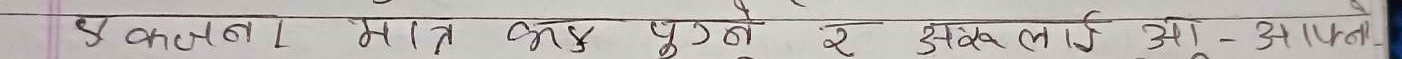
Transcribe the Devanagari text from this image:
४ काउन्शल मात्र अन्य पुस्तकों के मुद्रण कार्य से अधिकृत